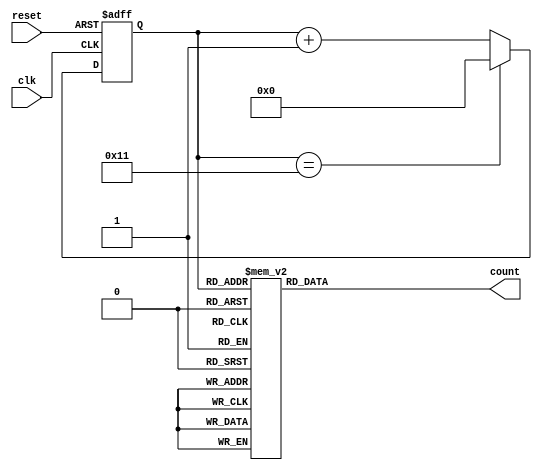

`timescale 10 ns / 1 ns

module shift_counter(
	output [7:0] count,
	input clk, reset
);

reg [4:0] state_cnter;

always @(posedge clk or posedge reset) begin
	if (reset)
		state_cnter = 5'b0;
	else if (state_cnter == 5'b10001)
		state_cnter <= 5'b00000;
	else
		state_cnter <= state_cnter + 1;
end

function [7:0] state_decoder(input [4:0] state);
  	case (state)
		5'b00000: state_decoder = 8'b00000001;
		5'b00001: state_decoder = 8'b00000001;
		5'b00010: state_decoder = 8'b00000001;
		5'b00011: state_decoder = 8'b00000001;
		5'b00100: state_decoder = 8'b00000010;
		5'b00101: state_decoder = 8'b00000100;
		5'b00110: state_decoder = 8'b00001000;
		5'b00111: state_decoder = 8'b00010000;
		5'b01000: state_decoder = 8'b00100000;
		5'b01001: state_decoder = 8'b01000000;
		5'b01010: state_decoder = 8'b10000000;
		5'b01011: state_decoder = 8'b01000000;
		5'b01100: state_decoder = 8'b00100000;
		5'b01101: state_decoder = 8'b00010000;
		5'b01110: state_decoder = 8'b00001000;
		5'b01111: state_decoder = 8'b00000100;
		5'b10000: state_decoder = 8'b00000010;
		5'b10001: state_decoder = 8'b00000001;
		default: state_decoder = 8'bxxxxxxxx;
	endcase
endfunction

assign count = state_decoder(state_cnter);

endmodule